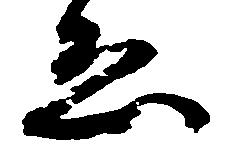
ゑ